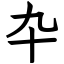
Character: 卆